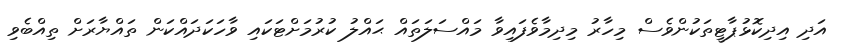
އަދި އިދިކޮޅުޕާޓީތަކުންވެސް މިހާރު މިދިމާވެފައިވާ މައްސަލަތައް ޙައްލު ކުރުމަށްޓަކައި ވާހަކަދައްކަން ތައްޔާރަށް ތިއްބެވި